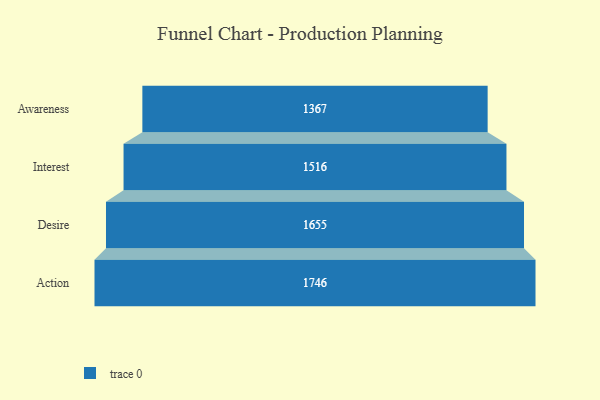
{"axis": {"x": "Stage", "y": "Value"}, "legend": [""], "data": [{"x": "Awareness", "y": 1367.0, "type": ""}, {"x": "Interest", "y": 1516.0, "type": ""}, {"x": "Desire", "y": 1655.0, "type": ""}, {"x": "Action", "y": 1746.0, "type": ""}]}